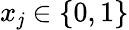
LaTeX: x_{\mathit{j}}\in\{ 0,1\}